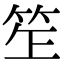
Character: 𥬚